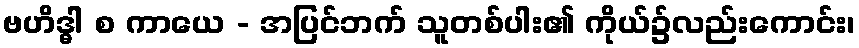
ဗဟိဒ္ဓါ စ ကာယေ - အပြင်ဘက် သူတစ်ပါး၏ ကိုယ်၌လည်းကောင်း၊